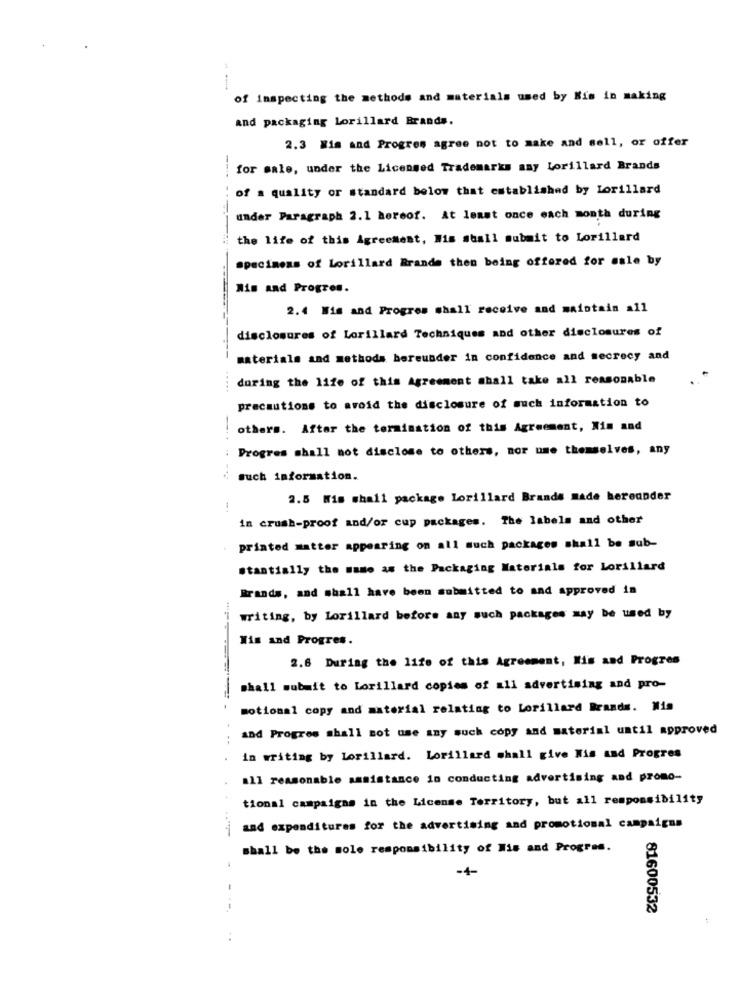
---
of inspecting the methods and materials used by Kis in making
and packaging Lorillard Brands.
2.3 Wis and Progres agree not to make and sell, or offer
for sale, under the Licensed Trademarks say Lorillard Brands
of a quality or standard below that established by Lorillard
under Paragraph 2.1 hereof. At least once each month during
the life of this Agreement, Mis shall submit to Lorillard
specimens of Lorillard Rrande then being offered for sale by
Nim and Progres.
2.4 Wis and Progres shall receive and maintain all
disclosures of Lorillard Techniques and other disclosures of
materials and methods bereunder in confidence and secrecy and
during the life of this Agreement shall take all reasonable
precautions to avoid the disclosure of much information to
others. After the termination of this Agreement, Nin and
Progres shall not disclose to others, mor ume themselves, any
such information.
2.5 Wis shall package lorillard Brands made hereunder
in crush-proof and/or cup packages. The labels and other
printed matter appearing on all such packages shall be sub-
#tantially the same as the Packaging Materials for Lorillard
Brands, and shall have been submitted to and approved in
writing, by Lorillard before any such packages may be used by
Wis and Progres.
2.6 During the life of this Agreement, Mis and Progres
shall submit to Lorillard copies of all advertising and pro-
motional copy and material relating to Lorillard Brands. Mis
and Progres shall not use any such copy and material until approved
in writing by lorillard. Lorillard shall give Nis and Progres
all reasonable assistance in conducting advertising and promo-
tional campaigns in the License Territory, but all responsibility
and expenditures for the advertising and promotional campaigns
shall be the sole responsibility of His and Progres.
-4-
81600532